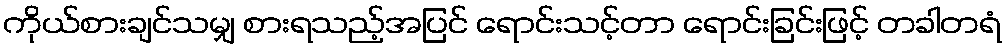
ကိုယ်စားချင်သမျှ စားရသည့်အပြင် ရောင်းသင့်တာ ရောင်းခြင်းဖြင့် တခါတရံ